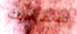
سمحت